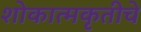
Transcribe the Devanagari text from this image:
शोकात्मकृतीचे